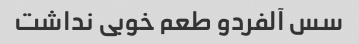
سس آلفردو طعم خوبی نداشت